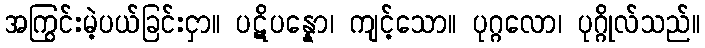
အကြွင်းမဲ့ပယ်ခြင်းငှာ။ ပဋိပန္နော၊ ကျင့်သော။ ပုဂ္ဂလော၊ ပုဂ္ဂိုလ်သည်။